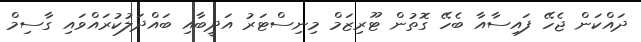
ދައްކަން ޖެހޭ ފައިސާއާ ބެހޭ ގޮތުން ޓޫރިޒަމް މިނިސްޓަރު އަދީބާއި ބައްދަލުކުރައްވައި ގާސިމް